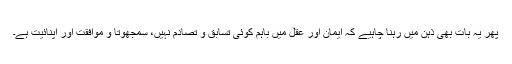
پھر یہ بات بھی ذہن میں رہنا چاہیے کہ ایمان اور عقل میں باہم کوئی تسابق و تصادم نہیں، سمجھوتا و موافقت اور اپنائیت ہے۔